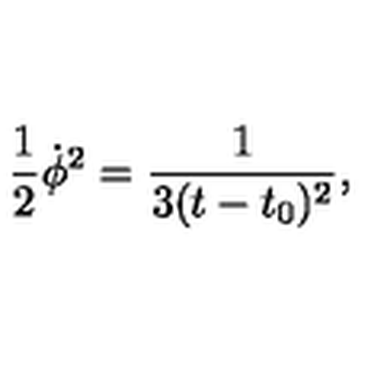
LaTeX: { \frac { 1 } { 2 } \dot { \phi } ^ { 2 } = \frac { 1 } { 3 ( t - t _ { 0 } ) ^ { 2 } } , }